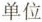
单位